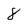
Character: 8